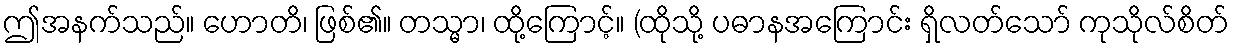
ဤအနက်သည်။ ဟောတိ၊ ဖြစ်၏။ တသ္မာ၊ ထို့ကြောင့်။ (ထိုသို့ ပဓာနအကြောင်း ရှိလတ်သော် ကုသိုလ်စိတ်